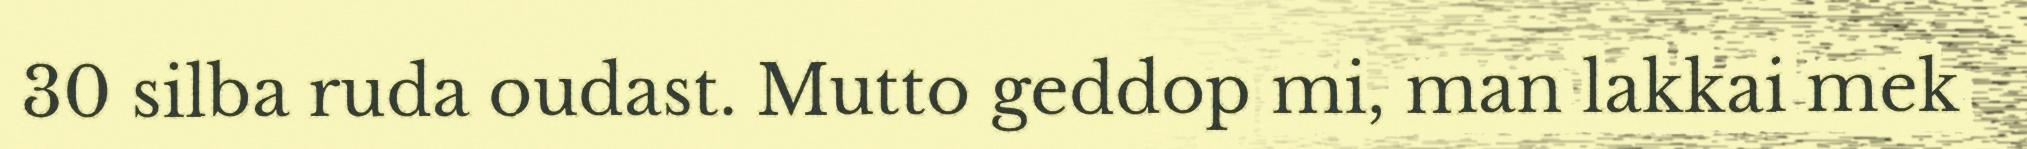
30 silba ruda oudast. Mutto geddop mi, man lakkai mek